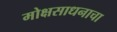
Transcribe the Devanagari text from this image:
मोक्षसाधनाचा